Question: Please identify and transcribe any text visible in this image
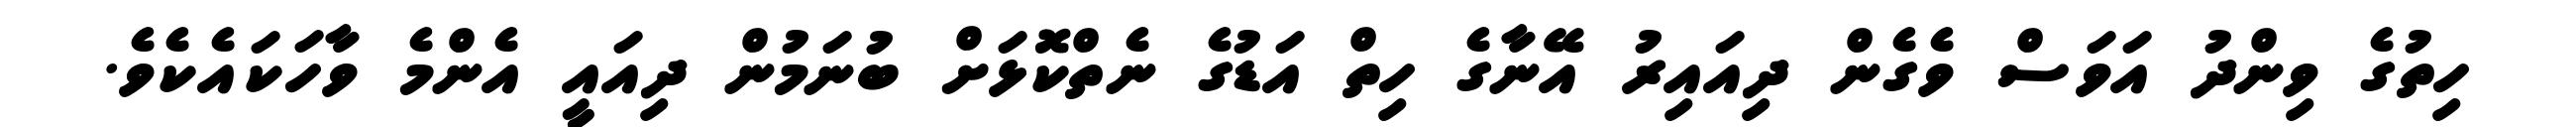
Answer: ހިތުގެ ވިންދު އަވަސް ވެގެން ދިއައިރު އޭނާގެ ހިތް އަޑުގެ ނެތްކޮޅަށް ބުނަމުން ދިއައީ އެންމެ ވާހަކައެކެވެ.